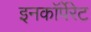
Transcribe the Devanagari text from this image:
इनकाॅर्पेरेट